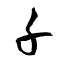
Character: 千